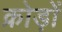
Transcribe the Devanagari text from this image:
क्रोड़ों